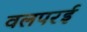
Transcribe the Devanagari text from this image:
वलपरई